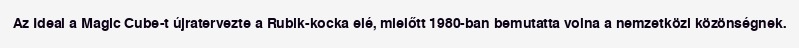
Az Ideal a Magic Cube-t újratervezte a Rubik-kocka elé, mielőtt 1980-ban bemutatta volna a nemzetközi közönségnek.